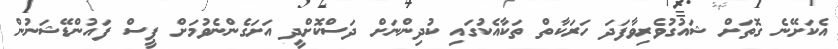
އެކަށޭނެ ގޮތަށް ޝައުގުވެރިވާފަދަ ހަރަކާތް ތަކާއެކުގައި ކުދިންނަށް ދަސްކޮށްދީ އަށަގެންނެވުމަށް ޕީސް ފައުންޑޭޝަނުން